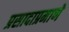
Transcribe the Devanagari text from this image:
प्रसादाप्रमाणे